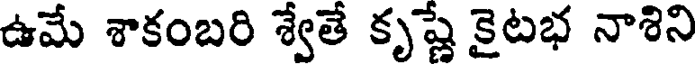
ఉమే శాకంబరి శ్వేతే కృష్ణే కైటభ నాశిని